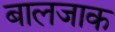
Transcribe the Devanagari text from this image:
बालजाक